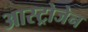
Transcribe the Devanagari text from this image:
आस्ट्रोजेन